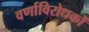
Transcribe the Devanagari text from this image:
वर्णाविरोधकों